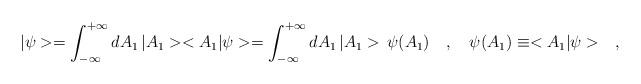
LaTeX: \begin{align*}|\psi>=\int_{-\infty}^{+\infty}dA_1\,|A_1><A_1|\psi>=\int_{-\infty}^{+\infty}dA_1\,|A_1>\,\psi(A_1)\ \ \ ,\ \ \ \psi(A_1)\equiv <A_1|\psi>\ \ \ ,\end{align*}